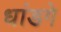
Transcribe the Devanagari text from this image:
धांडगे